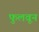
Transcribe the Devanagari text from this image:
फुलवून